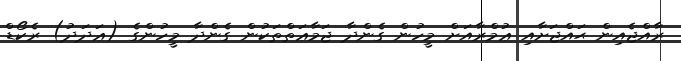
ރާއްޖެއިން ޙައްޖަށާއި ޢުމްރާއަށް މީހުން ގެންދާ ޖަމާޢަތްތަކުން ގެންދާ މީހުންގެ (ޢަދަދު) ރެކޯޑް